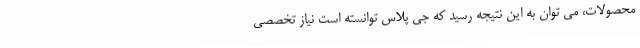
محصولات، می توان به این نتیجه رسید که جی پلاس توانسته است نیاز تخصصی